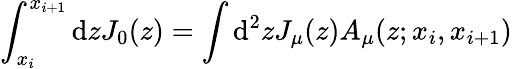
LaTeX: \int_{x_{i}}^{x_{i+1}}\mathrm{d}zJ_{0}(z)=\int\mathrm{d}^{2}zJ_{\mu}(z)A_{\mu}(z;x_{i},x_{i+1})